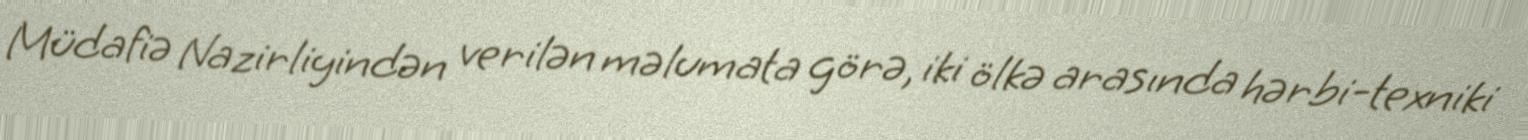
Müdafiə Nazirliyindən verilən məlumata görə, iki ölkə arasında hərbi-texniki